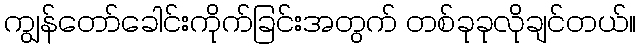
ကျွန်တော်ခေါင်းကိုက်ခြင်းအတွက် တစ်ခုခုလိုချင်တယ်။